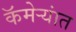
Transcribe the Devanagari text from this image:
कॅमेर्‍यांत